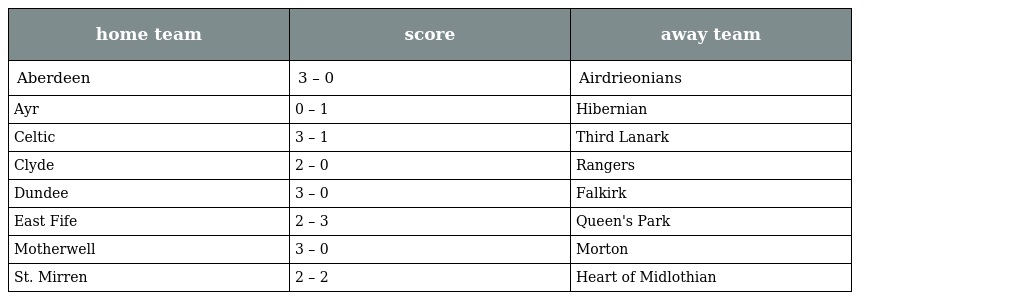
| home team | score | away team |
 | --- | --- | --- |
 | Aberdeen | 3 – 0 | Airdrieonians |
 | Ayr | 0 – 1 | Hibernian |
 | Celtic | 3 – 1 | Third Lanark |
 | Clyde | 2 – 0 | Rangers |
 | Dundee | 3 – 0 | Falkirk |
 | East Fife | 2 – 3 | Queen's Park |
 | Motherwell | 3 – 0 | Morton |
 | St. Mirren | 2 – 2 | Heart of Midlothian |